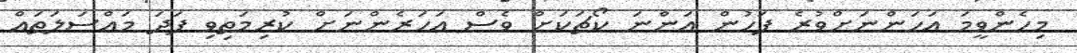
މިހެންވީމަ އަހަންނަށްވުރެ ފަހުން އަންނަ ކޯޗަކަށް ވެސް އަހަރެންނަށް ކުރިމަތިވި ފަދަ މައްސަލަތައް